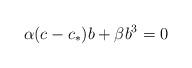
LaTeX: \begin{align*}\alpha (c-c_*) b + \beta b^3 = 0\end{align*}